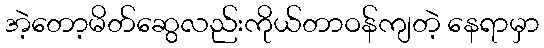
အဲ့တော့မိတ်ဆွေလည်းကိုယ်တာဝန်ကျတဲ့ နေရာမှာ